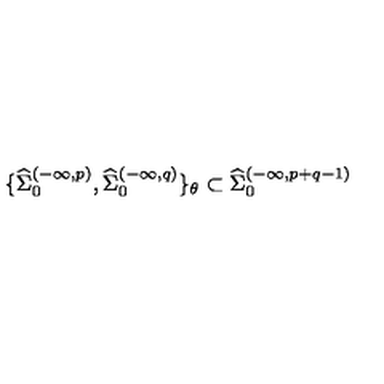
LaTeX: \{ { \widehat \Sigma } _ { 0 } ^ { ( - \infty , p ) } , { \widehat \Sigma } _ { 0 } ^ { ( - \infty , q ) } \} _ { \theta } \subset { \widehat \Sigma } _ { 0 } ^ { ( - \infty , p + q - 1 ) }